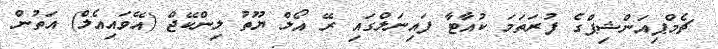
ޗެމްޕިއަންޝިޕްގެ ފުރަތަމަ ކުއާޓާ ފައިނަލްގައި ރޭ އޯލް ޔޫތު ލިންކޭޖް (އޭވައިއެލް) އަތުން